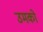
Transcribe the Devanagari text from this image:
उमको